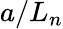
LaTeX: a/L_{n}